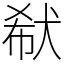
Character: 㹷